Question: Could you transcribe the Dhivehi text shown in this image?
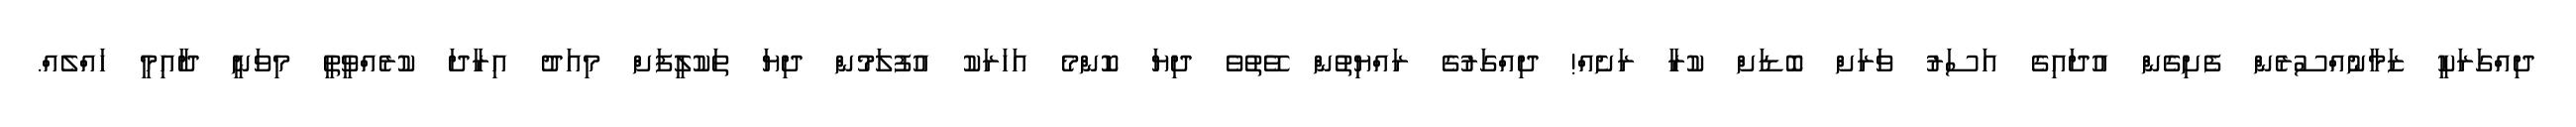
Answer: ދިއްގަރަކީ ޒަމާނުއްސުރެން ފެށިގެން އުދައިގެ އަސަރު ވަރަށް ބޮޑަށް ކުރާ ރަށެއް! ދިއްގަރުގެ ރައްޔިތުން ވޭތުވެ ދިޔަ ކޮންމެ އަހަރަކު އުފުލަމުން ދިޔަ ތަކުލީފަށް މިއަދު އިރާދަ ކުރެއްވީތީ މިވަނީ ދާއިމީ ހައްލެއް.